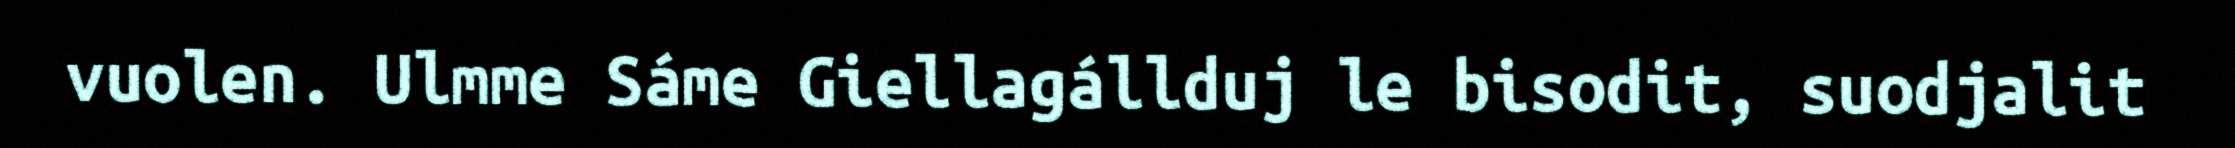
vuolen. Ulmme Sáme Giellagállduj le bisodit, suodjalit